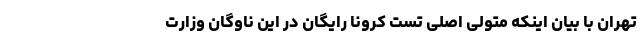
تهران با بیان اینکه متولی اصلی تست کرونا رایگان در این ناوگان وزارت